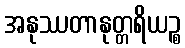
အနုဿတာနုတ္တရိယဉ္စ